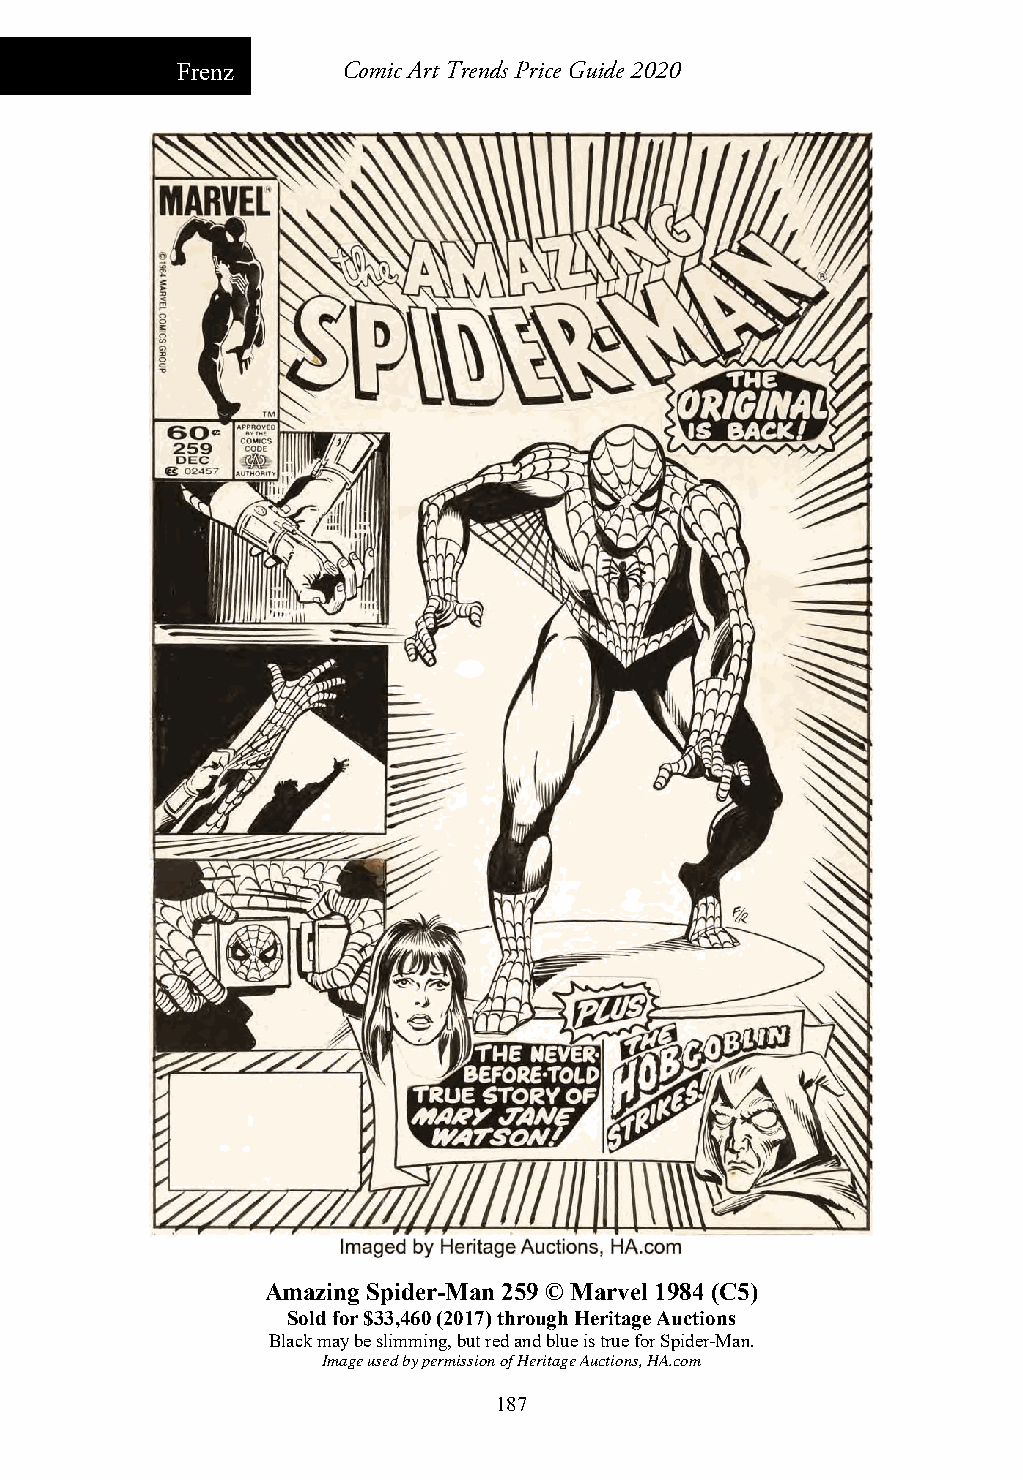
Frenz      Comic Art Trends Price Guide 2020
 Amazing Spider-Man 259 © Marvel 1984 (C5)
 Sold for $33,460 (2017) through Heritage Auctions
 Black may be slimming, but red and blue is true for Spider-Man.
 Image used by permission of Heritage Auctions, HA.com
 187